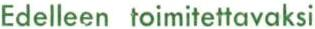
Edelleen toimitettavaksi